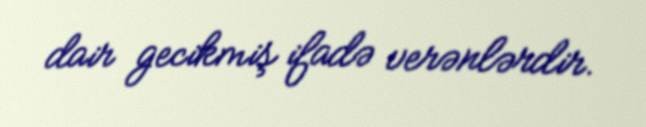
dair gecikmiş ifadə verənlərdir.